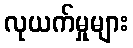
လုယက်မှုများ